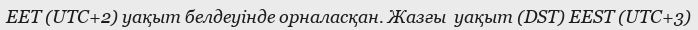
EET (UTC+2) уақыт белдеуінде орналасқан. Жазғы  уақыт (DST) EEST (UTC+3)